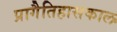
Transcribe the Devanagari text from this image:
प्रागैतिहासकाल